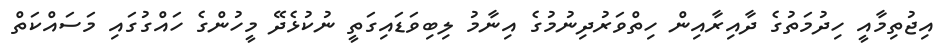
އިޖުތިމާއީ ހިދުމަތުގެ ދާއިރާއިން ހިތްވަރުދިނުމުގެ އިނާމު ލިބިވަޑައިގަތީ ނުކުޅެދޭ މީހުންގެ ހައްގުގައި މަސައްކަތް